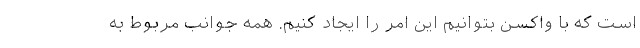
است که با واکسن بتوانیم این امر را ایجاد کنیم. همه جوانب مربوط به